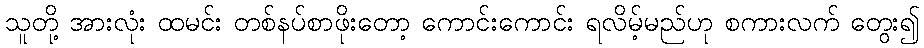
သူတို့ အားလုံး ထမင်း တစ်နပ်စာဖိုးတော့ ကောင်းကောင်း ရလိမ့်မည်ဟု စကားလက် တွေး၍